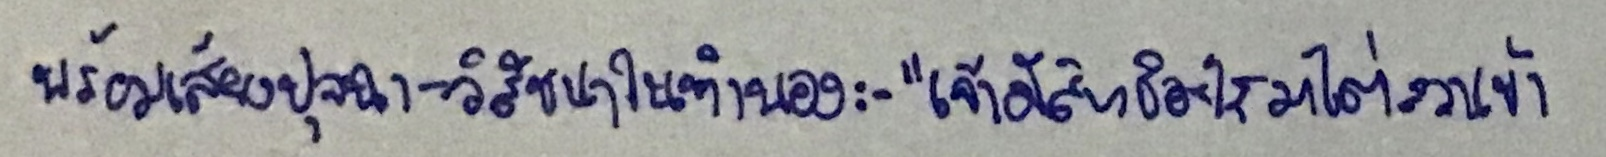
พร้อมเสียงปุจฉา-วิสัชนาในทำนอง:-"เจ้ามีสิทธิอะไรมาไต่สวนข้า?"